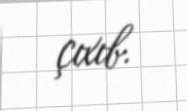
çıxıb.